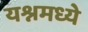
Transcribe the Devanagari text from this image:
यश्नमध्ये